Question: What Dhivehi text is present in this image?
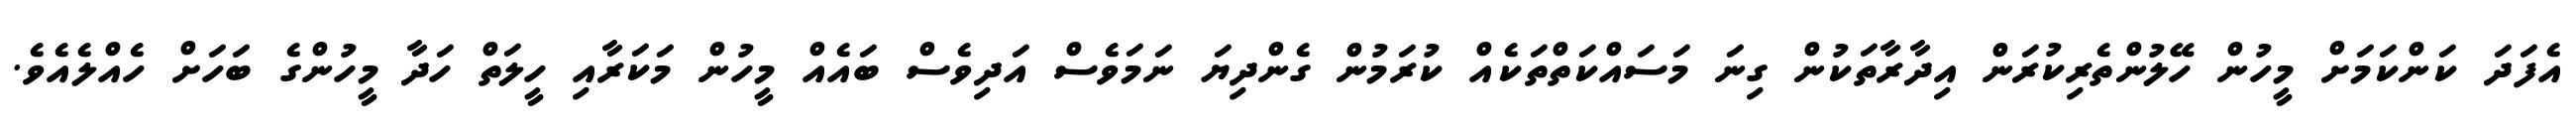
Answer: އެފަދަ ކަންކަމަށް މީހުން ހޭލުންތެރިކުރަން އިދާރާތަކުން ގިނަ މަސައްކަތްތަކެއް ކުރަމުން ގެންދިޔަ ނަމަވެސް އަދިވެސް ބައެއް މީހުން މަކަރާއި ހީލަތް ހަދާ މީހުންގެ ބަހަށް ހެއްލެއެވެ.